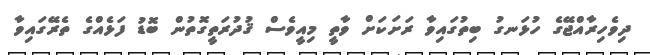
ދިވެހިރާއްޖޭގެ ހުޅަނގު ބިތުގައިވާ ރަށަކަށް ވާތީ މިއީވެސް ޤުދުރަތީގޮތުން ބޮޑު ފަޅެއްގެ ތެރޭގައިވާ